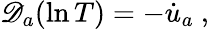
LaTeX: \mathscr{D}_{a}(\ln T)=-\dot{u}_{a}~,